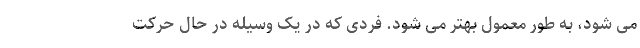
می شود، به طور معمول بهتر می شود. فردی که در یک وسیله در حال حرکت